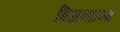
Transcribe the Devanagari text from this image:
बिअन्डाञ्ग